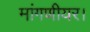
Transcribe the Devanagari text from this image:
मांगणीयर।